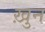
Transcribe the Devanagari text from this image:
ख़ुन